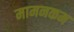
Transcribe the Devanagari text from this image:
मामनकम